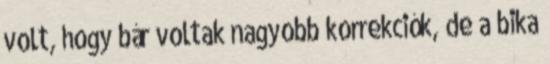
volt, hogy bár voltak nagyobb korrekciók, de a bika